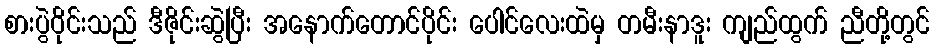
စားပွဲဝိုင်းသည် ဒီဇိုင်းဆွဲပြီး အနောက်တောင်ပိုင်း ပေါင်လေးထဲမှ တမီးနာဒူး ကျည်ထွက် ညီတို့တွင်